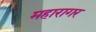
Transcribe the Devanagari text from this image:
महारागर